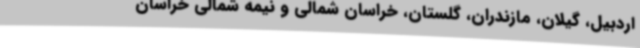
اردبیل، گیلان، مازندران، گلستان، خراسان شمالی و نیمه شمالی خراسان